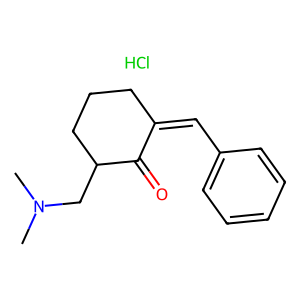
SMILES: CN(C)CC1CCCC(=Cc2ccccc2)C1=O.Cl
Inhibits HIV replication: No